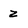
Character: z